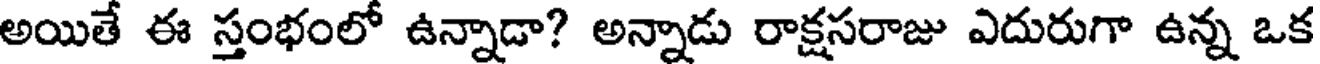
అయితే ఈ స్తంభంలో ఉన్నాడా? అన్నాడు రాక్షసరాజు ఎదురుగా ఉన్న ఒక